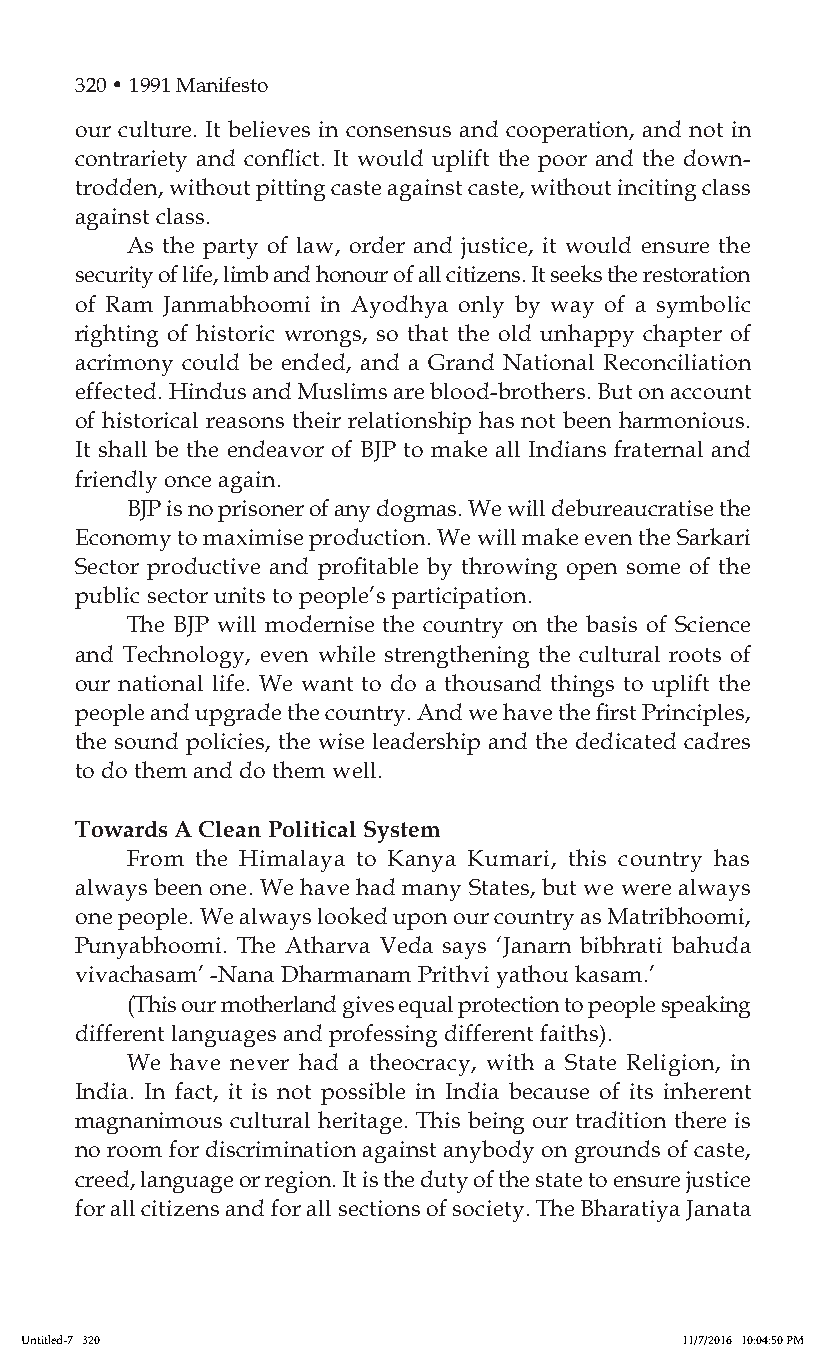
320 • 1991 Manifesto
 our culture. It believes in consensus and cooperation, and not in
 contrariety and conflict. It would uplift the poor and the down-
 trodden, without pitting caste against caste, without inciting class
 against class.
 As the party of law, order and justice, it would ensure the
 security of life, limb and honour of all citizens. It seeks the restoration
 of Ram Janmabhoomi in Ayodhya only by way of a symbolic
 righting of historic wrongs, so that the old unhappy chapter of
 acrimony could be ended, and a Grand National Reconciliation
 effected. Hindus and Muslims are blood-brothers. But on account
 of historical reasons their relationship has not been harmonious.
 It shall be the endeavor of BJP to make all Indians fraternal and
 friendly once again.
 BJP is no prisoner of any dogmas. We will debureaucratise the
 Economy to maximise production. We will make even the Sarkari
 Sector productive and profitable by throwing open some of the
 public sector units to people’s participation.
 The BJP will modernise the country on the basis of Science
 and Technology, even while strengthening the cultural roots of
 our national life. We want to do a thousand things to uplift the
 people and upgrade the country. And we have the first Principles,
 the sound policies, the wise leadership and the dedicated cadres
 to do them and do them well.
 Towards A Clean Political System
 From the Himalaya to Kanya Kumari, this country has
 always been one. We have had many States, but we were always
 one people. We always looked upon our country as Matribhoomi,
 Punyabhoomi. The Atharva Veda says ‘Janarn bibhrati bahuda
 vivachasam’ -Nana Dharmanam Prithvi yathou kasam.’
 (This our motherland gives equal protection to people speaking
 different languages and professing different faiths).
 We have never had a theocracy, with a State Religion, in
 India. In fact, it is not possible in India because of its inherent
 magnanimous cultural heritage. This being our tradition there is
 no room for discrimination against anybody on grounds of caste,
 creed, language or region. It is the duty of the state to ensure justice
 for all citizens and for all sections of society. The Bharatiya Janata
 Untitled-7 320                              11/7/2016 10:04:50 PM